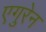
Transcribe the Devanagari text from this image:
एगुरेन